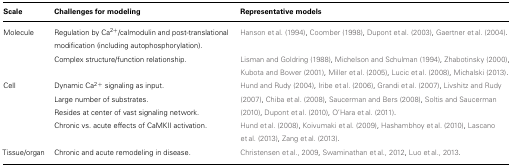
| Scale | Challenges for modeling | Representative models |
 | --- | --- | --- |
 | Molecule | Regulation by Ca2+/calmodulin and post-translational modification (including autophosphorylation). | Hanson et al. (1994), Coomber (1998), Dupont et al. (2003), Gaertner et al. (2004). |
 |  | Complex structure/function relationship. | Lisman and Goldring (1988), Michelson and Schulman (1994), Zhabotinsky (2000), Kubota and Bower (2001), Miller et al. (2005), Lucic et al. (2008), Michalski (2013). |
 | Cell | Dynamic Ca2+ signaling as input. Large number of substrates. Resides at center of vast signaling network. | Hund and Rudy (2004), Iribe et al. (2006), Grandi et al. (2007), Livshitz and Rudy (2007), Chiba et al. (2008), Saucerman and Bers (2008), Soltis and Saucerman (2010), Dupont et al. (2010), O’Hara et al. (2011). |
 |  | Chronic vs. acute effects of CaMKII activation. | Hund et al. (2008), Koivumaki et al. (2009), Hashambhoy et al. (2010), Lascano et al. (2013), Zang et al. (2013). |
 | Tissue/organ | Chronic and acute remodeling in disease. | Christensen et al., 2009, Swaminathan et al., 2012, Luo et al., 2013. |